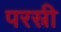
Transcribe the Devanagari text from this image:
परस्री